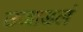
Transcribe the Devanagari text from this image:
उजाडलं